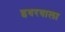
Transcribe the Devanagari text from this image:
इधरवाला